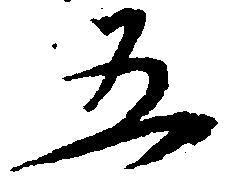
五